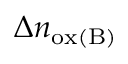
\Delta n _ { \mathrm { o x ( B ) } }